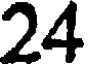
24